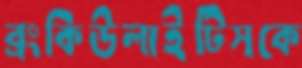
ব্রংকিউলাইটিসকে